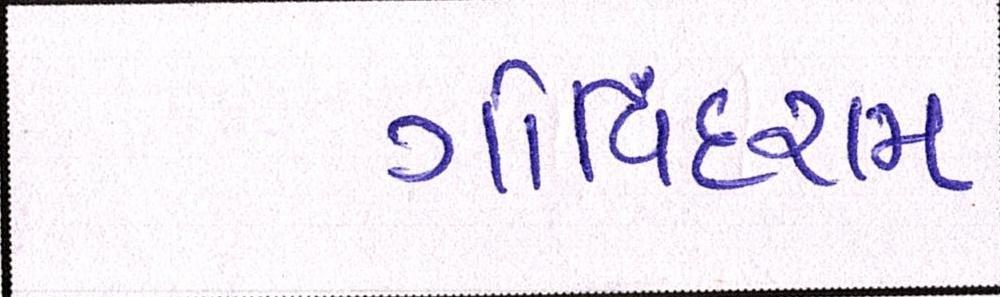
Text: ગોવિંદરામ